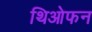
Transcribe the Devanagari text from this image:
थिओफन